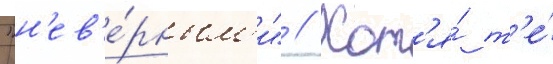
"н'ев'е́рным'и" // Хот'я́ т'е́